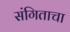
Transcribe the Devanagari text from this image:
संगिताचा